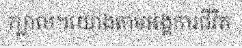
ក្បាល។យោងតាមអង្គការជីវិត